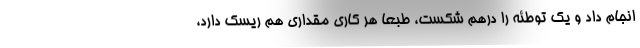
انجام داد و یک توطئه را درهم شکست، طبعاً هر کاری مقداری هم ریسک دارد،